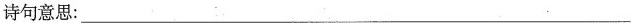
诗句意思：___